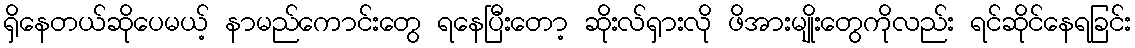
ရှိနေတယ်ဆိုပေမယ့် နာမည်ကောင်းတွေ ရနေပြီးတော့ ဆိုးလ်ရှားလို ဖိအားမျိုးတွေကိုလည်း ရင်ဆိုင်နေရခြင်း